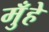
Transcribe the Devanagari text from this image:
मुँहे